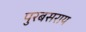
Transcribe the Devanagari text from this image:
पुरबसराय